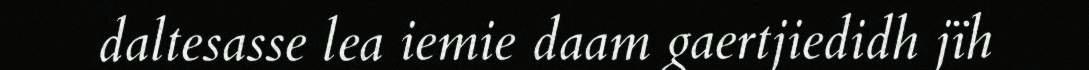
daltesasse lea iemie daam gaertjiedidh jïh